Civil Veterinary Department. United Provinces 1923-31 - 1923-1931
Year: 1923
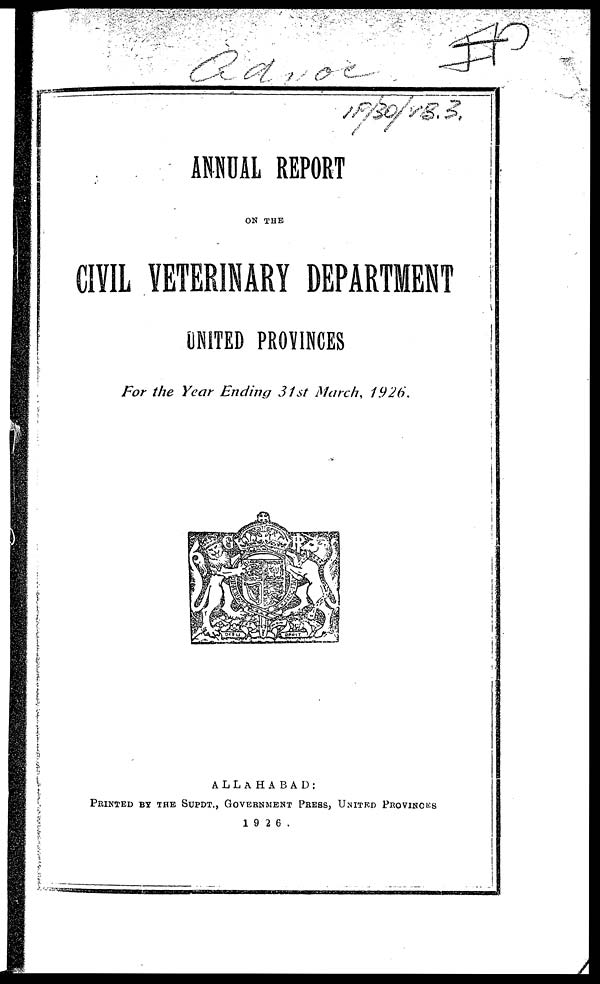
ANNUAL REPORT
ON THE
CIVIL VETERINARY DEPARTMENT
UNITED PROVINCES
For the Year Ending 31st March,
1926.
ALLAHABAD:
PRINTED BY THE SUPDT., GOVERNMENT PRESS, UNITED PROVINCES
1926.